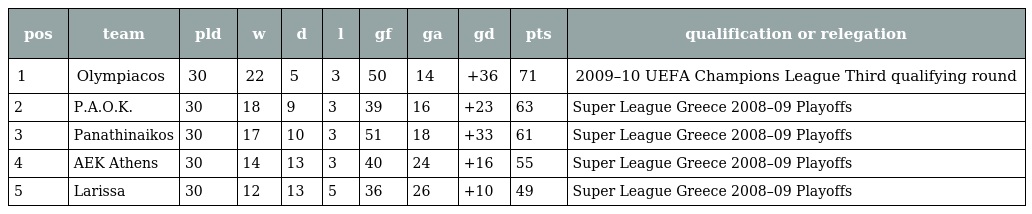
| pos | team | pld | w | d | l | gf | ga | gd | pts | qualification or relegation |
 | --- | --- | --- | --- | --- | --- | --- | --- | --- | --- | --- |
 | 1 | Olympiacos | 30 | 22 | 5 | 3 | 50 | 14 | +36 | 71 | 2009–10 UEFA Champions League Third qualifying round |
 | 2 | P.A.O.K. | 30 | 18 | 9 | 3 | 39 | 16 | +23 | 63 | Super League Greece 2008–09 Playoffs |
 | 3 | Panathinaikos | 30 | 17 | 10 | 3 | 51 | 18 | +33 | 61 | Super League Greece 2008–09 Playoffs |
 | 4 | AEK Athens | 30 | 14 | 13 | 3 | 40 | 24 | +16 | 55 | Super League Greece 2008–09 Playoffs |
 | 5 | Larissa | 30 | 12 | 13 | 5 | 36 | 26 | +10 | 49 | Super League Greece 2008–09 Playoffs |